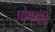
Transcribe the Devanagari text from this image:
पोषग्रंथि